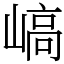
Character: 嵪